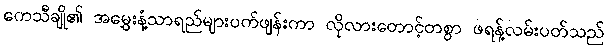
ကေသီချို၏ အမွှေးနံ့သာရည်များပက်ဖျန်းကာ လိုလားတောင့်တစွာ ဖရန့်လမ်းပတ်သည်